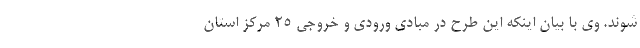
شوند. وی با بیان اینکه این طرح در مبادی ورودی و خروجی ۲۵ مرکز استان